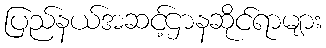
ပြည်နယ်အဆင့်ဌာနဆိုင်ရာများ